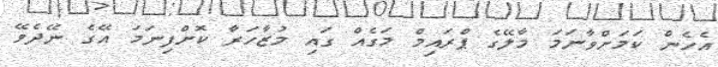
އެހެން ކަމަށްވާނަމަ މާލޭގެ ޕްރައިމް މަގެއް ގައި މުޒާހަރާ ކޮށްފިނަމަ އޭގެ ނޭދެވޭ